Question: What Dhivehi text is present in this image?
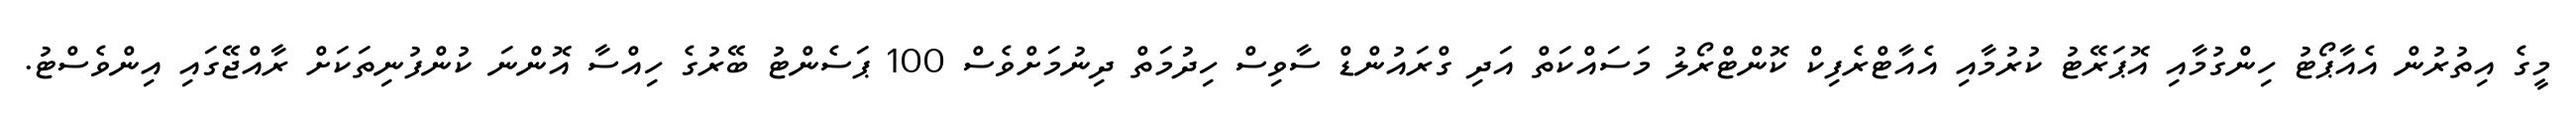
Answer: މީގެ އިތުރުން އެއާޕޯޓު ހިންގުމާއި އޮޕަރޭޓު ކުރުމާއި އެއާޓްރެފިކް ކޮންޓްރޯލު މަސައްކަތް އަދި ގްރައުންޑް ސާވިސް ހިދުމަތް ދިނުމަށްވެސް 100 ޕަސެންޓު ބޭރުގެ ހިއްސާ އޮންނަ ކުންފުނިތަކަށް ރާއްޖޭގައި އިންވެސްޓު.